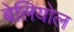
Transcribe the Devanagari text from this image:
बेलियोल